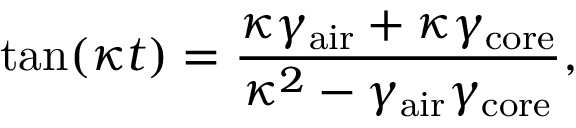
\mathrm { t a n } ( \kappa t ) = \frac { \kappa \gamma _ { \mathrm { a i r } } + \kappa \gamma _ { \mathrm { c o r e } } } { \kappa ^ { 2 } - \gamma _ { \mathrm { a i r } } \gamma _ { \mathrm { c o r e } } } ,